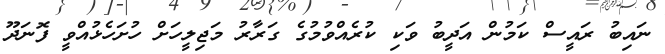
ނައިބު ރައީސް ކަމުން އަދީބު ވަކި ކުރެއްވުމުގެ ގަރާރު މަޖިލީހަށް ހުށަހެޅުއްވީ ފޮނަދޫ